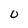
Character: 0